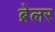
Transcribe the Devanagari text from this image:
ब्रेलर